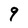
Character: 9